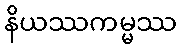
နိယဿကမ္မဿ